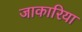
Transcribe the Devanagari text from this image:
जाकारिया